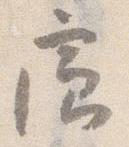
廊